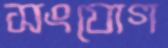
সংযোগ